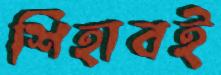
শিহাবই